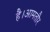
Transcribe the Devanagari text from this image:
है।आमतौर